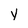
Character: y